Annual report of the Civil Veterinary Department, Bengal, for the year 1896-97 - 1896-1897
Year: 1896
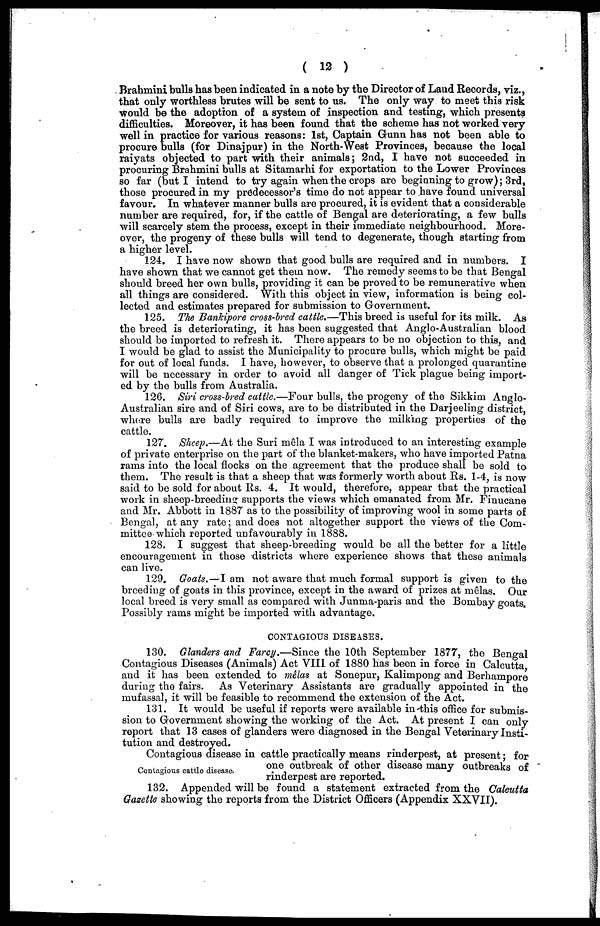
(12)
Brahmini bulls has been indicated in a note by the Director of Land Records, viz.,
that only worthless brutes will be sent to us. The only way to meet this risk
would be the adoption of a system of inspection and testing, which presents
difficulties. Moreover, it has been found that the scheme has not worked very
well in practice for various reasons: 1st, Captain Gunn has not been able to
procure Dulls (for Dinajpur) in the North-West Provinces, because the local
raiyats objected to part with their animals; 2nd, I have not succeeded in
procuring Brahmini bulls at Sitamarhi for exportation to the Lower Provinces
so far (but I intend to try again when the crops are beginning to grow); 3rd,
those procured in my predecessor's time do not appear to have found universal
favour. In whatever manner bulls are procured, it is evident that a considerable
number are required, for, if the cattle of Bengal are deteriorating, a few bulls
will scarcely stem the process, except in their immediate neighbourhood. More-
over, the progeny of these bulls will tend to degenerate, though starting from
a higher level.
124. I have now shown that good bulls are required and in numbers. I
have shown that we cannot get them now. The remedy seems to be that Bengal
should breed her own bulls, providing it can be proved to be remunerative when
all things are considered. With this object in view, information is being col-
lected and estimates prepared for submission to Government.
125. The Bankipore cross-bred cattle.—This breed is useful for its milk. As
the breed is deteriorating, it has been suggested that Anglo-Australian blood
should be imported to refresh it. There appears to be no objection to this, and
I would be glad to assist the Municipality to procure bulls, which might bo paid
for out of local funds. I have, however, to observe that a prolonged quarantine
will be necessary in order to avoid all danger of Tick plague being import-
ed by the bulls from Australia.
126. Siri cross-bred cattle.—Four bulls, the progeny of the Sikkim Anglo-
Australian sire and of Siri cows, are to be distributed in the Darjeeling district,
whore bulls are badly required to improve the milking properties of the
cattle.
127. Sheep.—At the Suri mêla I was introduced to an interesting example
of private enterprise on the part of the blanket-makers, who have imported Patna
rams into the local flocks on the agreement that the produce shall be sold to
them. The result is that a sheep that was formerly worth about Rs. 1-4, is now
said to be sold for about Rs. 4. It would, therefore, appear that the practical
work in sheep-breeding supports the views which emanated from Mr. Finucane
and Mr. Abbott in 1887 as to the possibility of improving wool in some parts of
Bengal, at any rate; and does not altogether support the views of the Com-
mittee which reported unfavourably in 1888.
128. I suggest that sheep-breeding would be all the better for a little
encouragement in those districts where experience shows that these animals
can live.
129. Goats.—I am not aware that much formal support is given to the
breeding of goats in this province, except in the award of prizes at mêlas. Our
local breed is very small as compared with Junma-paris and the Bombay goats.
Possibly rams might be imported with advantage.
CONTAGIOUS DISEASES.
130. Glanders and Farcy.—Since the 10th September 1877, the Bengal
Contagious Diseases (Animals) Act VIII of 1880 has been in force in Calcutta
and it has been extended to mêlas at Sonepur, Kalimpong and Berhampore
during the fairs.
As Veterinary Assistants are gradually appointed in the
mufassal, it will be feasible to recommend the extension of the Act.
131. It would be useful if reports were available in this office for submis-
sion to Government showing the working of the Act. At present I can only
report that 13 cases of glanders were diagnosed in the Bengal Veterinary Insti-
tution and destroyed.
Contagious cattle disease.
Contagious disease in cattle practically means rinderpest, at present; for
one outbreak of other disease many outbreaks of
rinderpest are reported.
132. Appended will be found a statement extracted from the Calcutta
Gazette showing the reports from the District Officers (Appendix XXVII).